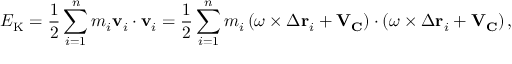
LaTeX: E _ { \mathrm { K } } = { \frac { 1 } { 2 } } \sum _ { i = 1 } ^ { n } m _ { i } \mathbf { v } _ { i } \cdot \mathbf { v } _ { i } = { \frac { 1 } { 2 } } \sum _ { i = 1 } ^ { n } m _ { i } \left( { \boldsymbol { \omega } } \times \Delta \mathbf { r } _ { i } + \mathbf { V } _ { \mathbf { C } } \right) \cdot \left( { \boldsymbol { \omega } } \times \Delta \mathbf { r } _ { i } + \mathbf { V } _ { \mathbf { C } } \right) ,